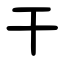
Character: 干